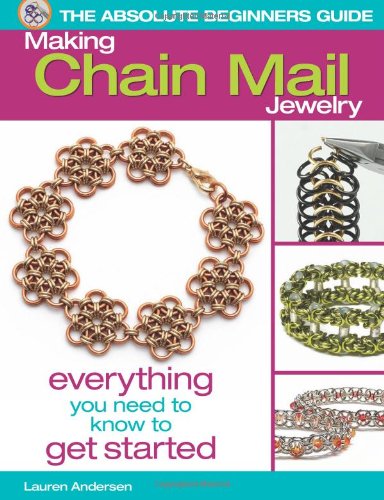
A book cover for The Absolute Beginners Guide: Making Chain Mail Jewelry: Everything You Need to Know to Get Started; Lauren Anderson; Crafts, Hobbies & Home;